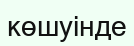
көшуінде